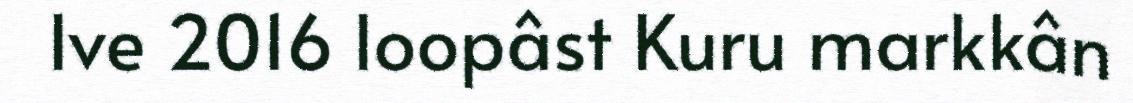
Ive 2016 loopâst Kuru markkân